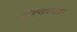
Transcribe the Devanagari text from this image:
संबन्धकारक